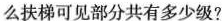
么扶梯可见部分共有多少级?